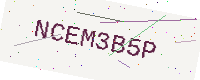
Text: NCEM3B5P